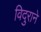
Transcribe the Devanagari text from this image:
विदुराने